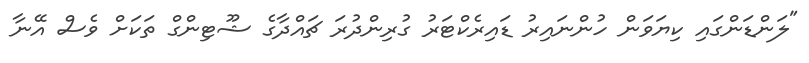
"ލަންޑަންގައި ކިޔަވަން ހުންނައިރު ޑައިރެކްޓަރު ގުރިންދުރަ ޗައްދާގެ ޝޫޓިންގް ތަކަށް ވެސް އޭނާ